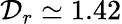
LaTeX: \mathcal{D}_{r}\simeq 1.42